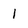
Character: 1